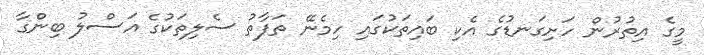
މީގެ އިތުރުން ހަށިގަނޑުގެ އެކި ބައިތަކުގައި ހިމެނޭ ތަފާތު ސެލިތަކުގެ އަސްލު ބިންގާ